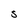
Character: S